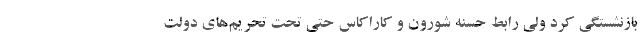
بازنشستگی کرد ولی رابط حسنه شورون و کاراکاس حتی تحت تحریم‌های دولت